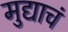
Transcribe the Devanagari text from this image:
मुद्याचं